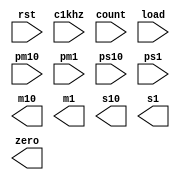
module downcounter(
    input rst, c1khz,
    input count, load, 
    input [3:0] pm10,
    input [3:0] pm1,
    input [3:0] ps10,
    input [3:0] ps1,
    output reg [3:0] m10,
    output reg [3:0] m1,
    output reg [3:0] s10,
    output reg [3:0] s1,
    output zero);
    
    // insert your counter code here

endmodule